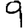
Digit: 9